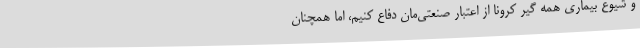
و شیوع بیماری همه گیر کرونا از اعتبار صنعتی‌مان دفاع کنیم، اما همچنان